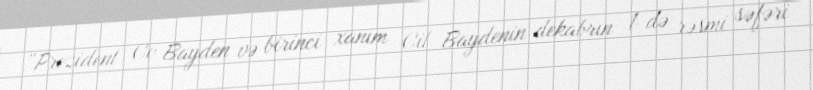
“Prezident Co Bayden və birinci xanım Cil Baydenin dekabrın 1-də rəsmi səfəri